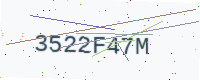
Text: 3522F47M